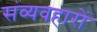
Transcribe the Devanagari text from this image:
संव्यवहारों